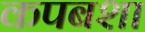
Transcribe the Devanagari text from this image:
कपबशा